Report on lock hospitals in British Burma
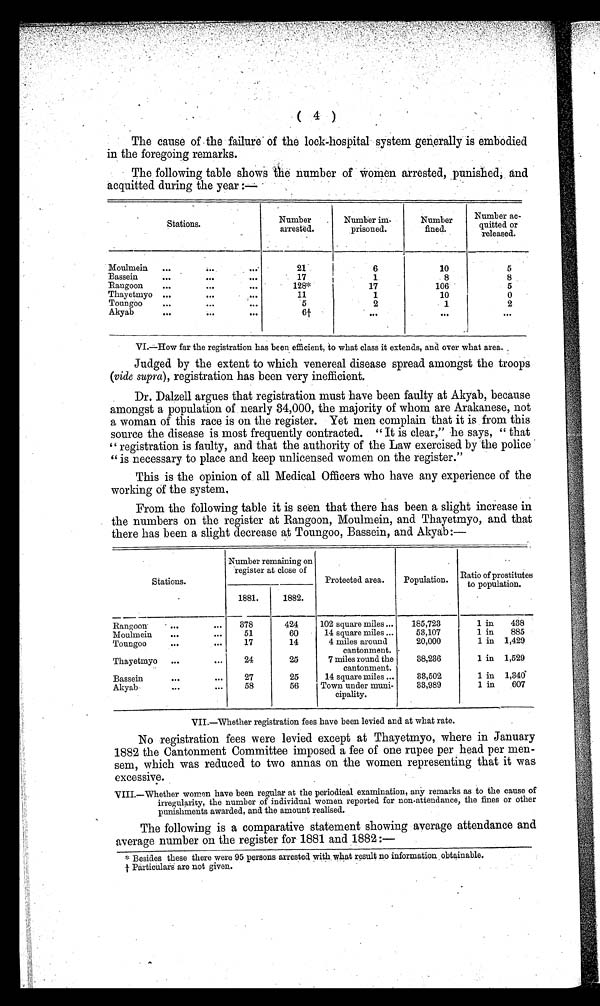
( 4 )
The cause of the failure of the lock-hospital system generally is embodied
in the foregoing remarks.
The following table shows the number of women arrested, punished , and
acquitted during the year :—
Stations .
Number
arrested.
Number im-
prisoned.
Number
fined.
Number ac-
quieted or
released.
Moulmein
. . .
. . .
...
21
6
10
5
Bassein
.....
. . .
. . .
1 7
1
8
8
R a n g o o n . . .
. . .
. . .
128*
1 7
1 0 6
5
Thayetmyo . . .
. . .
. . .
11
1
10
0
Toungoo
. . .
. . .
. . .
5
2
1
2
Akyab
. . .
. . .
. . .
6 +
. . .
. . .
. . .
VI.—How far the registration has been efficient, to what class it extends, and over what area.
Judged by the extent to which venereal disease spread amongst the
troops (vide supra), registration has been very inefficient.
Dr. Dalzell argues that registration must have been faulty at Akyab, because
amongst a population of nearly 34,000, the majority of whom are Arakanese, not
a woman of this race is on the register. Yet men complain that it is from this
source the disease is most frequently contracted. " It is clear," he says, " that
" registration is faulty, and that the authority of the Law exercised by the police
" is necessary to place and keep unlicensed women on the register."
This is the opinion of all Medical Officers who have any experience of the
working of the system.
From the following table it is seen that there has been a slight increase in
the numbers on the register at Rangoon, Moulmein, and Thayetmyo, and that
there has been a slight decrease at Toungoo, Bassein, and Akyab:—
Stations.
Number remaining on
register at close of
Protected area.
Population. Ratio of prostitutes
to population.
1881.
1882.
Rangoon
...
. . .
378
424
102 square miles ...
185,723
1 in
438
Moulmein
...
...
51
60
14 square miles ...
53,107
1 in
885
Toungoo
. . .
. . . 17
14
4 miles around
cantonment.
20,000
1 in 1,429
Thayetmyo
...
. . .
24
25
7 miles round the
cantonment.
38,236
1 in 1,529
Bassein
. . .
. . .
27
25
14 square miles ...
33,502
1 in 1,340
Akyab
. . .
. . .
58
56
Town under muni-
cipality.
33,989
1 in
607
VII.—Whether registration fees have been levied and at what rate.
No registration fees were levied except at Thayetmyo, where in January
1882 the Cantonment Committee imposed a fee of one rupee per head per men-
sem, which was reduced to two annas on the women representing that it was
excessive.
VIII.—Whether women have been regular at the periodical examination, any remarks as to the cause of
irregularity, the number of individual women reported for non-attendance, the fines or other
punishments awarded, and the amount realised.
The following is a comparative statement showing average attendance and
average number on the register for 1881 and 1882:—
* Besides these there were 95 persons arrested with what result no information obtainable.
+Particulars are not given.